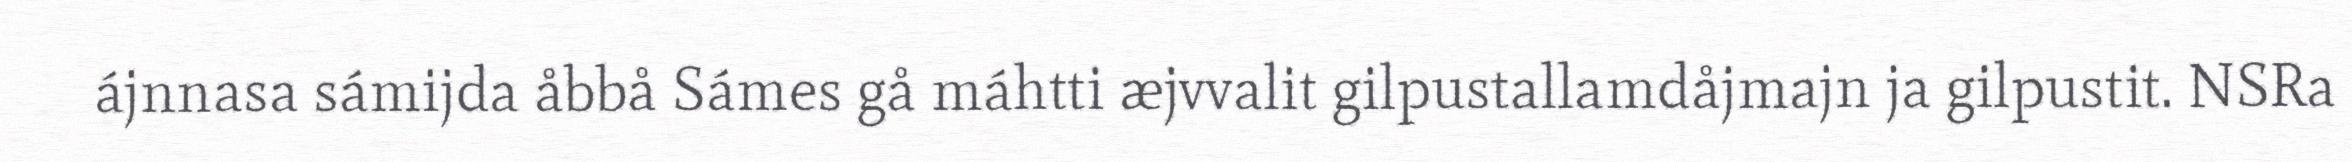
ájnnasa sámijda åbbå Sámes gå máhtti æjvvalit gilpustallamdåjmajn ja gilpustit. NSRa